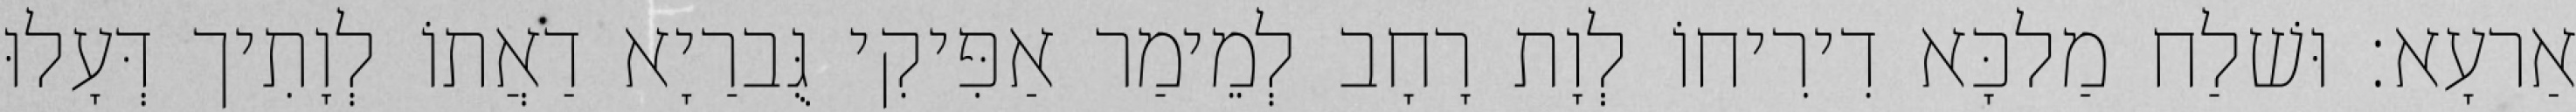
אַרעָא׃ וּשׁלַח מַלכָּא דִירִיחוֹ לְוָת רָחָב לְמֵימַר אַפִּיקִי גֻּברַיָא דַאֲתוֹ לְוָתִיך דְּעָלוּ